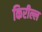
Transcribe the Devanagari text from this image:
किरील्ल